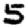
Digit: 5